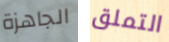
الجاهزة التملق